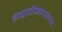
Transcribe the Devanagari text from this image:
इंग्रजीमधल्या